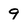
Character: 9